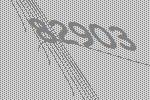
82903